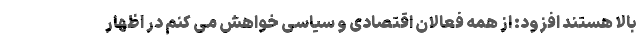
بالا هستند افزود: از همه فعالان اقتصادی و سیاسی خواهش می کنم در اظهار